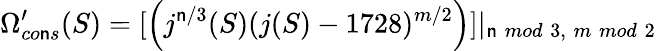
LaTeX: \Omega_{co\mathsf{n}s}^{\prime}(S)=[\left(j^{\mathsf{n}/3}(S)(j(S)-1728)^{m/2}\right)]|_{\mathsf{n}\; mod\; 3,\; m\; mod\; 2}